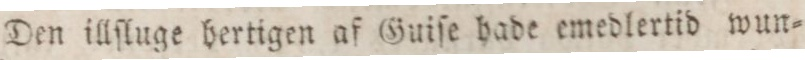
Den illſluge hertigen af Guiſe hade emedlertid wun=